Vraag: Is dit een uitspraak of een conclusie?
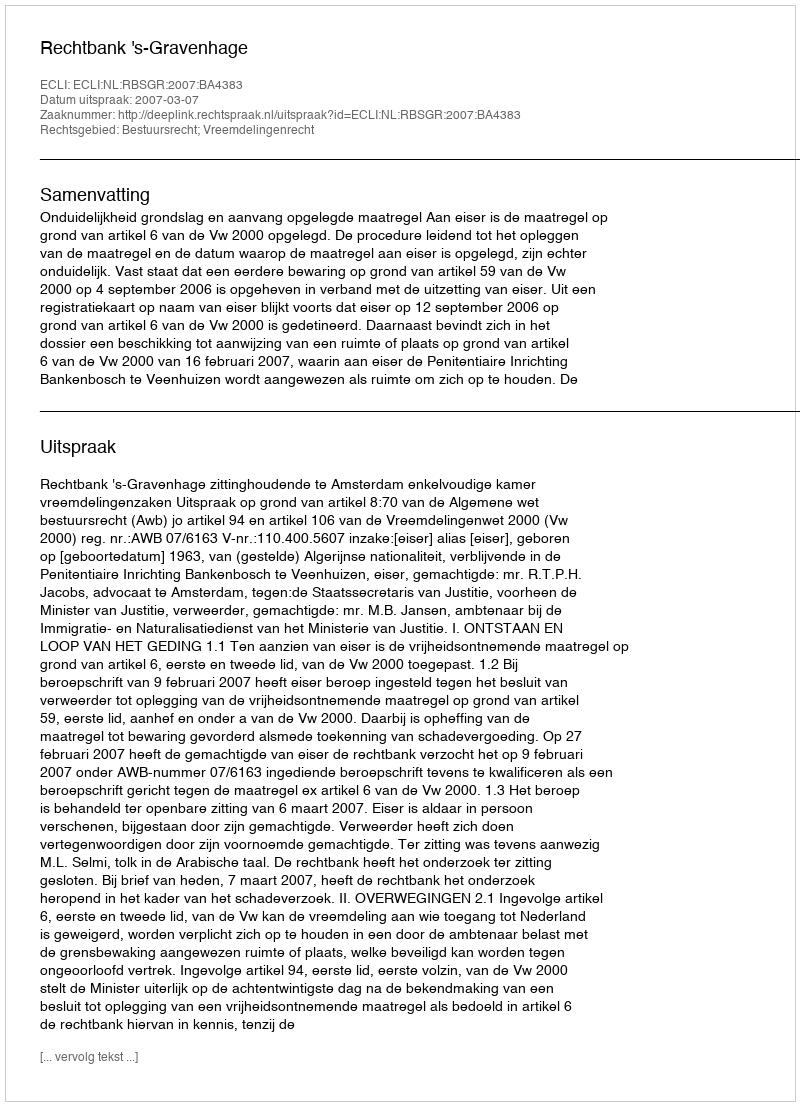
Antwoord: Uitspraak